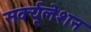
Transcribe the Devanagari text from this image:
सर्क्यूलेशन